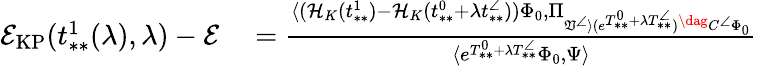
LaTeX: \begin{array}{rl}{\mathcal{E}_{\mathrm{KP}}(t_{**}^{1}(\lambda),\lambda)-\mathcal{E}}&{{}=\frac{\langle(\mathcal{H}_{K}(t_{**}^{1})-\mathcal{H}_{K}(t_{**}^{0}+\lambda t_{**}^{\angle}))\Phi_{0},\Pi_{\mathfrak{V}^{\angle}\rangle(e^{T_{**}^{0}+\lambda T_{**}^{\angle}})^{\dag}C^{\angle}\Phi_{0}}}{\langle e^{T_{**}^{0}+\lambda T_{**}^{\angle}}\Phi_{0},\Psi\rangle}}\end{array}